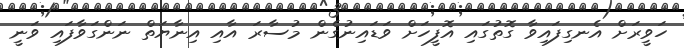
ހަވީރަށް އެނގިފައިވާ ގޮތުގައި އޮފީހަށް ވަޑައިނުގެން މުސާރަ އާއި އިނާޔަތް ނަންގަވާފައި ވަނީ